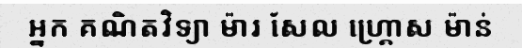
អ្នក គណិតវិទ្យា ម៉ារ សែល ហ្គ្រោស ម៉ាន់